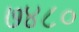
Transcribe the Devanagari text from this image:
७४८०